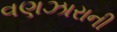
વણઝારાની